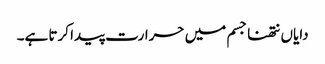
دایاں نتھنا جسم میں حرارت پیدا کرتا ہے۔